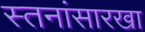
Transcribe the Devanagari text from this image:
स्तनांसारखा